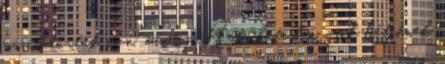
ma csütörtök van, mint a Heti hetesben, csak hétfőnek